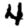
Digit: 4